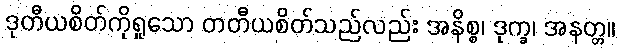
ဒုတီယစိတ်ကိုရှုသော တတီယစိတ်သည်လည်း အနိစ္စ၊ ဒုက္ခ၊ အနတ္တ။